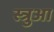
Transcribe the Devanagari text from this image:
स्त्रुआ